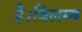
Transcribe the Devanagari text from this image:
है।विलम्ब